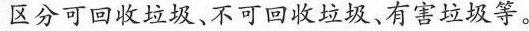
区分可回收垃圾，不可回收垃圾。有害垃圾等。